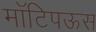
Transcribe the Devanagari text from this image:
मॉटिपऊस